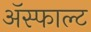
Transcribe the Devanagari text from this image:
ॲस्फाल्ट